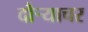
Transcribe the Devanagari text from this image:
दौर्‍याचर